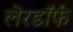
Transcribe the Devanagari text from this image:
लेरडॉर्फ